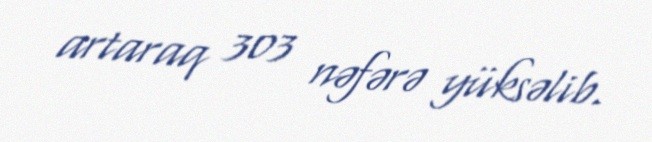
artaraq 303 nəfərə yüksəlib.